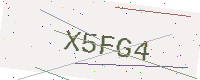
Text: X5FG4